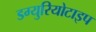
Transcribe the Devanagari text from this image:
डग्युरियोटाइप